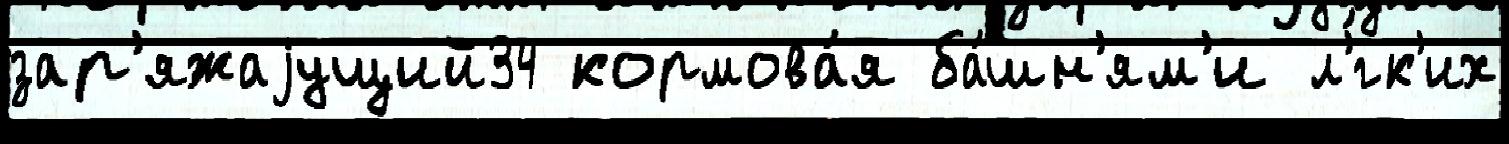
зар'яжаjущий34 кормова́я ба́шн'ям'и л'́гк'их